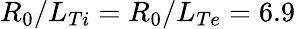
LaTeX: R_{0}/L_{Ti}=R_{0}/L_{Te}=6.9